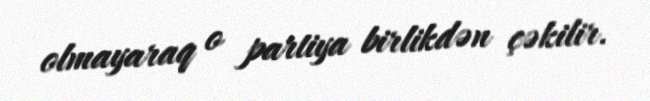
olmayaraq o partiya birlikdən çəkilir.